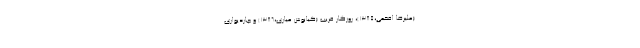
(علیرضا افخمی،۱۳۸۵)، روزگار قریب (کیانوش عیاری،۱۳۸۶) و چاردیواری